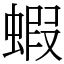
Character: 蝦